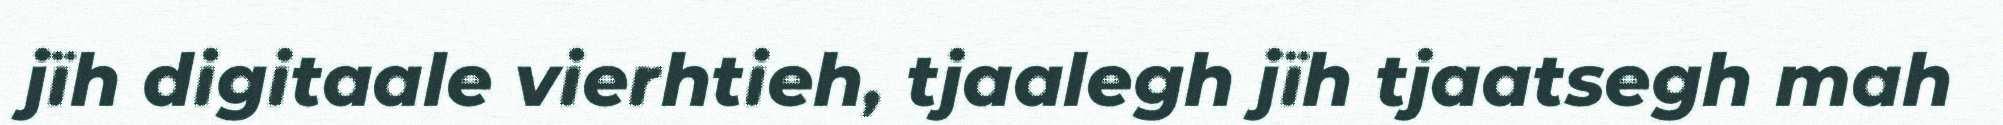
jïh digitaale vierhtieh, tjaalegh jïh tjaatsegh mah